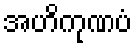
အဟိကုဏပံ